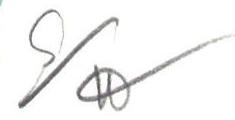
S/W